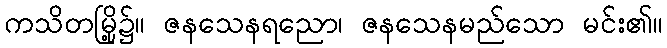
ကသိတမြို့၌။ ဇနသေနရညော၊ ဇနသေနမည်သော မင်း၏။